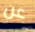
عن